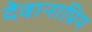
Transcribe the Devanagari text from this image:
देवानाप्रिय